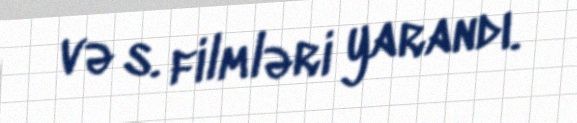
və s. filmləri yarandı.